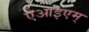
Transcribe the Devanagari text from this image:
ऐआइएम्